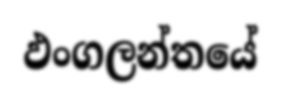
ඵංගලන්තයේ